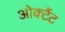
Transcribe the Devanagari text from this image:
ओक्टैंट